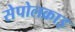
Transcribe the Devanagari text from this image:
सेपोलक्राइ